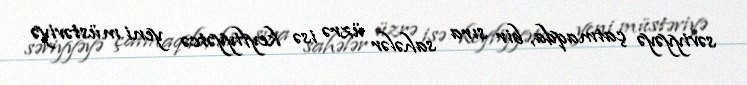
səviyyəyə çatmaqda, bir sıra sahələr üzrə isə keyfiyyətcə yeni müstəviyə